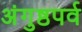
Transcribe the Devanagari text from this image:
अंगुष्ठपर्व